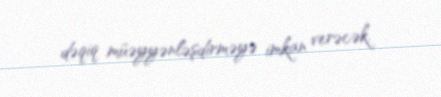
dəqiq müəyyənləşdirməyə imkan verəcək.